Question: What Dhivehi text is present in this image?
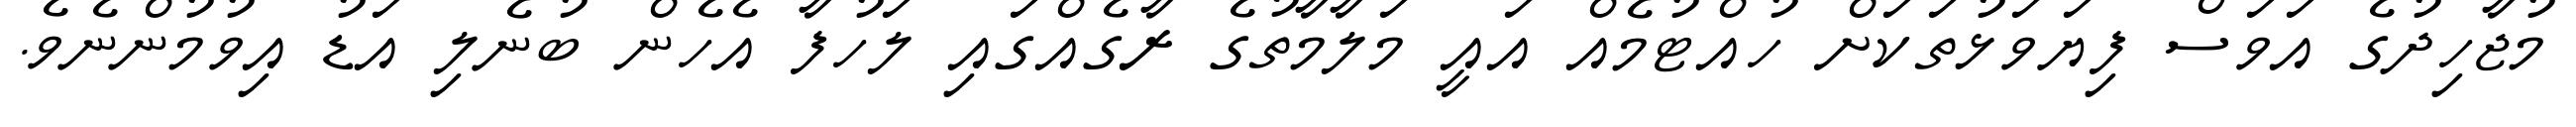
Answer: މުޖާހިދުގެ އަވަސް ފިޔަވަޅުތަކަށް ހުއްޓުމެއް އައީ މަލާމާތުގެ ރާގެއްގައި ލަހުފާ އެހެން ބުނެލި އަޑު އިވުމުންނެވެ.